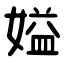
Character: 㜋